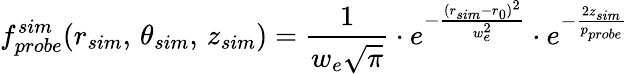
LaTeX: f_{probe}^{sim}(r_{sim},\, \theta_{sim},\, z_{sim})=\frac{1}{w_{e}\sqrt{\pi}}\cdot e^{-\frac{(r_{sim}-r_{0})^{2}}{w_{e}^{2}}}\cdot e^{-\frac{2z_{sim}}{p_{probe}}}